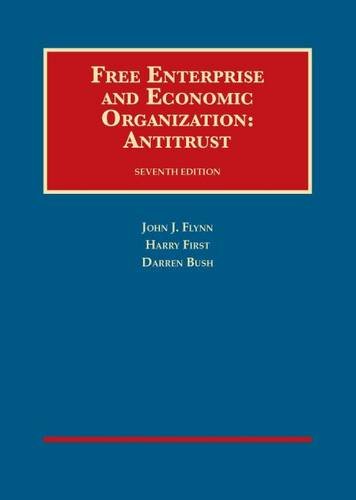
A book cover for Free Enterprise and Economic Organization: Antitrust, 7th Ed. (University Casebook Series); John Flynn; Law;